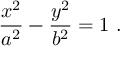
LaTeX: { \frac { x ^ { 2 } } { a ^ { 2 } } } - { \frac { y ^ { 2 } } { b ^ { 2 } } } = 1 \ .